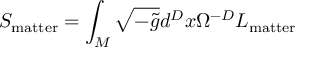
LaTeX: S _ { \mathrm { m a t t e r } } = \int _ { M } \sqrt { - \tilde { g } } d ^ { D } x \Omega ^ { - D } { \cal L } _ { \mathrm { m a t t e r } }